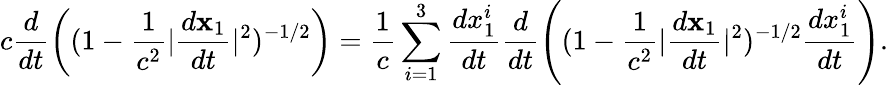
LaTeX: c\frac{d}{dt}\left((1-\frac{1}{c^{2}}|\frac{d{\mathbf x}_{1}}{dt}|^{2})^{-1/2}\right)=\frac{1}{c}\sum_{i=1}^{3}\frac{dx_{1}^{i}}{dt}\frac{d}{dt}\left((1-\frac{1}{c^{2}}|\frac{d{\mathbf x}_{1}}{dt}|^{2})^{-1/2}\frac{dx_{1}^{i}}{dt}\right).